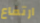
ارتفاع